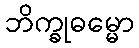
ဘိက္ခုဓမ္မော